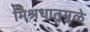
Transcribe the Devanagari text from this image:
मिश्रधातुमुळे